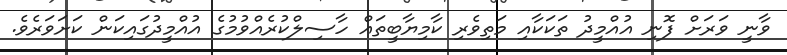
ވާނީ ވަރަށް ފޮނި އުއްމީދު ތަކަކާއި މަތިވެރި ކާމިޔާބީތައް ހާސިލްކުރެއްވުމުގެ އުއްމީދުގައިކަން ކަށަވަރެވެ.